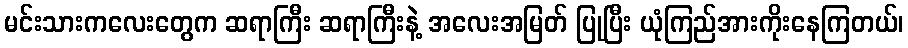
မင်းသားကလေးတွေက ဆရာကြီး ဆရာကြီးနဲ့ အလေးအမြတ် ပြုပြီး ယုံကြည်အားကိုးနေကြတယ်၊